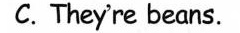
C.They're beans.